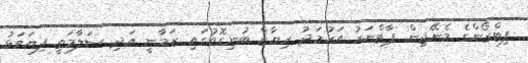
ފިޓްޒޯންގެ މެނޭޖިން ޕާޓްނަރު އަހުމަދު ރިޔާޒް ބުނިގޮތުގައި ޒަމާނީ އަދި ސަލާމަތީ ފިޔަވަޅު